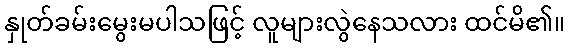
နှုတ်ခမ်းမွေးမပါသဖြင့် လူများလွဲနေသလား ထင်မိ၏။